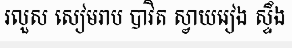
រលួស សៀមរាប បាវិត ស្វាយរៀង ស្ទឹង